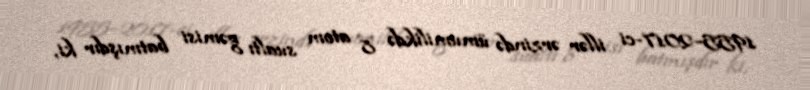
1955–2017-ci illər ərzində ümumilikdə 8 atom sualtı gəmisi batmışdır ki,